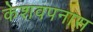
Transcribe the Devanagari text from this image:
केशवपनास